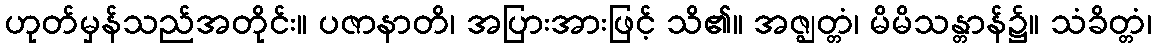
ဟုတ်မှန်သည်အတိုင်း။ ပဇာနာတိ၊ အပြားအားဖြင့် သိ၏။ အဇ္ဈတ္တံ၊ မိမိသန္တာန်၌။ သံခိတ္တံ၊